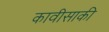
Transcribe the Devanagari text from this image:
कावीसाकी